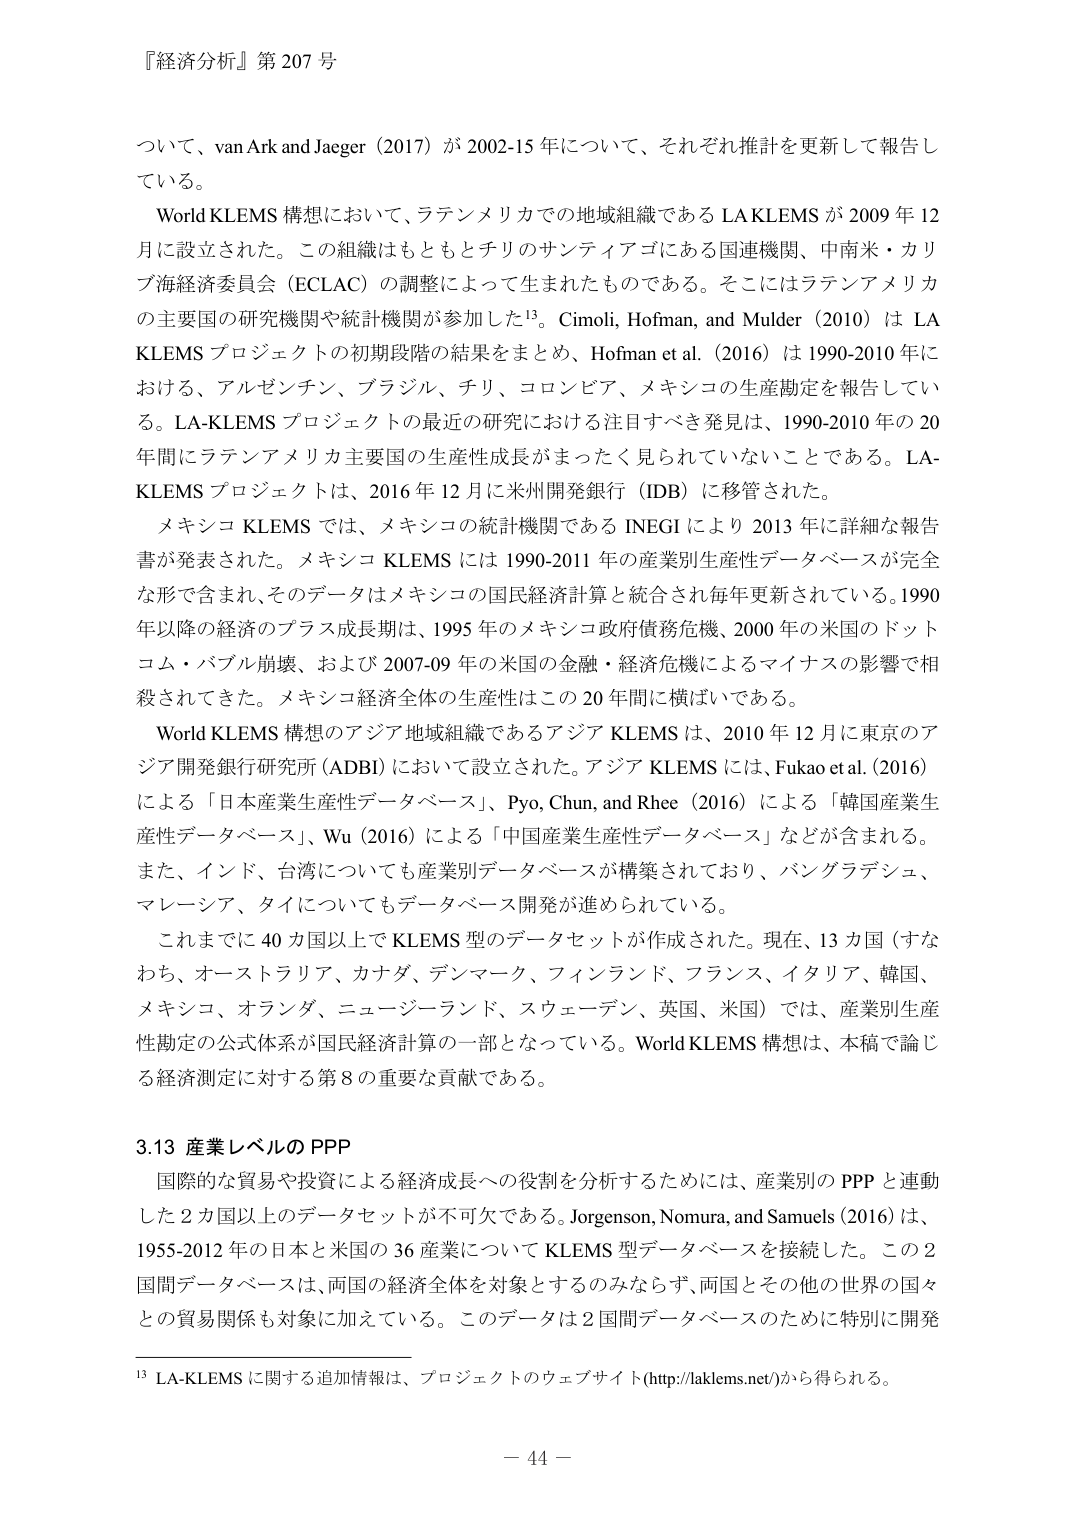
『経済分析』第 207 号

ついて、van Ark and Jaeger (2017) が 2002-15 年について、それぞれ推計を更新して報告している。

World KLEMS 構想において、ラテンアメリカでの地域組織である LAKLEMS が 2009 年 12 月に設立された。この組織はもともとチリのサンティアゴにある国連機関、中南米・カリブ海経済委員会 (ECLAC) の調整によって生まれたものである。そこにはラテンアメリカの主要国の研究機関や統計機関が参加した¹³。Cimoli, Hofman, and Mulder (2010) は LA KLEMS プロジェクトの初期段階の結果をまとめ、Hofman et al. (2016) は 1990-2010 年における、アルゼンチン、ブラジル、チリ、コロンビア、メキシコの生産勘定を報告している。LA-KLEMS プロジェクトの最近の研究における注目すべき発見は、1990-2010 年の 20 年間にラテンアメリカ主要国の生産性成長がまったく見られていないことである。LA-KLEMS プロジェクトは、2016 年 12 月に米州開発銀行 (IDB) に移管された。

メキシコ KLEMS では、メキシコの統計機関である INEGI により 2013 年に詳細な報告書が発表された。メキシコ KLEMS には 1990-2011 年の産業別生産性データベースが完全な形で含まれ、そのデータはメキシコの国民経済計算と統合され毎年更新されている。1990 年以降の経済のプラス成長期は、1995 年のメキシコ政府債務危機、2000 年の米国のドットコム・バブル崩壊、および 2007-09 年の米国の金融・経済危機によるマイナスの影響で相殺されてきた。メキシコ経済全体の生産性はこの 20 年間に横ばいである。

World KLEMS 構想のアジア地域組織であるアジア KLEMS は、2010 年 12 月に東京のアジア開発銀行研究所 (ADBI) において設立された。アジア KLEMS には、Fukao et al. (2016) による「日本産業生産性データベース」、Pyo, Chun, and Rhee (2016) による「韓国産業生産性データベース」、Wu (2016) による「中国産業生産性データベース」などが含まれる。また、インド、台湾についても産業別データベースが構築されており、バングラデシュ、マレーシア、タイについてもデータベース開発が進められている。

これまでに 40 カ国以上で KLEMS 型のデータセットが作成された。現在、13 カ国（すなわち、オーストラリア、カナダ、デンマーク、フィンランド、フランス、イタリア、韓国、メキシコ、オランダ、ニュージーランド、スウェーデン、英国、米国）では、産業別生産性勘定の公式体系が国民経済計算の一部となっている。World KLEMS 構想は、本稿で論じる経済測定に対する第 8 の重要な貢献である。

3.13 産業レベルの PPP

国際的な貿易や投資による経済成長への役割を分析するためには、産業別の PPP と連動した 2 カ国以上のデータセットが不可欠である。Jorgenson, Nomura, and Samuels (2016) は、1955-2012 年の日本と米国の 36 産業について KLEMS 型データベースを接続した。この 2 国間データベースは、両国の経済全体を対象とするのみならず、両国とその他の世界の国々との貿易関係も対象に加えている。このデータは 2 国間データベースのために特別に開発

¹³ LA-KLEMS に関する追加情報は、プロジェクトのウェブサイト (http://laklems.net/) から得られる。

－ 44 －